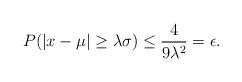
LaTeX: \begin{align*} P(\left| x- \mu \right| \geq \lambda \sigma) \leq \frac{4}{9\lambda^2}=\epsilon.\end{align*}